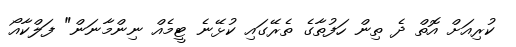
ކުރިއަށް އޮތް ދެ ތިން ހަފުތާގެ ތެރޭގައި ކުޅޭނެ ޓީމެއް ނިންމާނަން" ފަލްކާއޯ